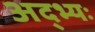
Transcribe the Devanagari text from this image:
अद्भ्यः